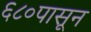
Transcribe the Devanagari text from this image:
६८०पासून